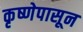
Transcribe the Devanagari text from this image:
कृष्णेपासून